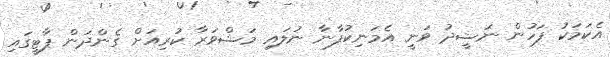
އެކަމަކު ފަހުން ނަޝީދު ވަނީ އެމަނިކުފާނާ ނުލައި މަޝްވަރާ ކުރިއަށް ގެންދަން ޕާޓީގައި